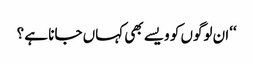
‘‘ان لوگوں کو ویسے بھی کہاں جانا ہے ؟